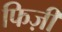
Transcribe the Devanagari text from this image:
फिज़ी